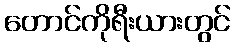
တောင်ကိုရီးယားတွင်